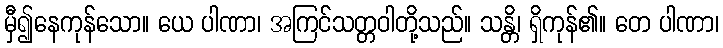
မှီ၍နေကုန်သော။ ယေ ပါဏာ၊ အကြင်သတ္တဝါတို့သည်။ သန္တိ၊ ရှိကုန်၏။ တေ ပါဏာ၊